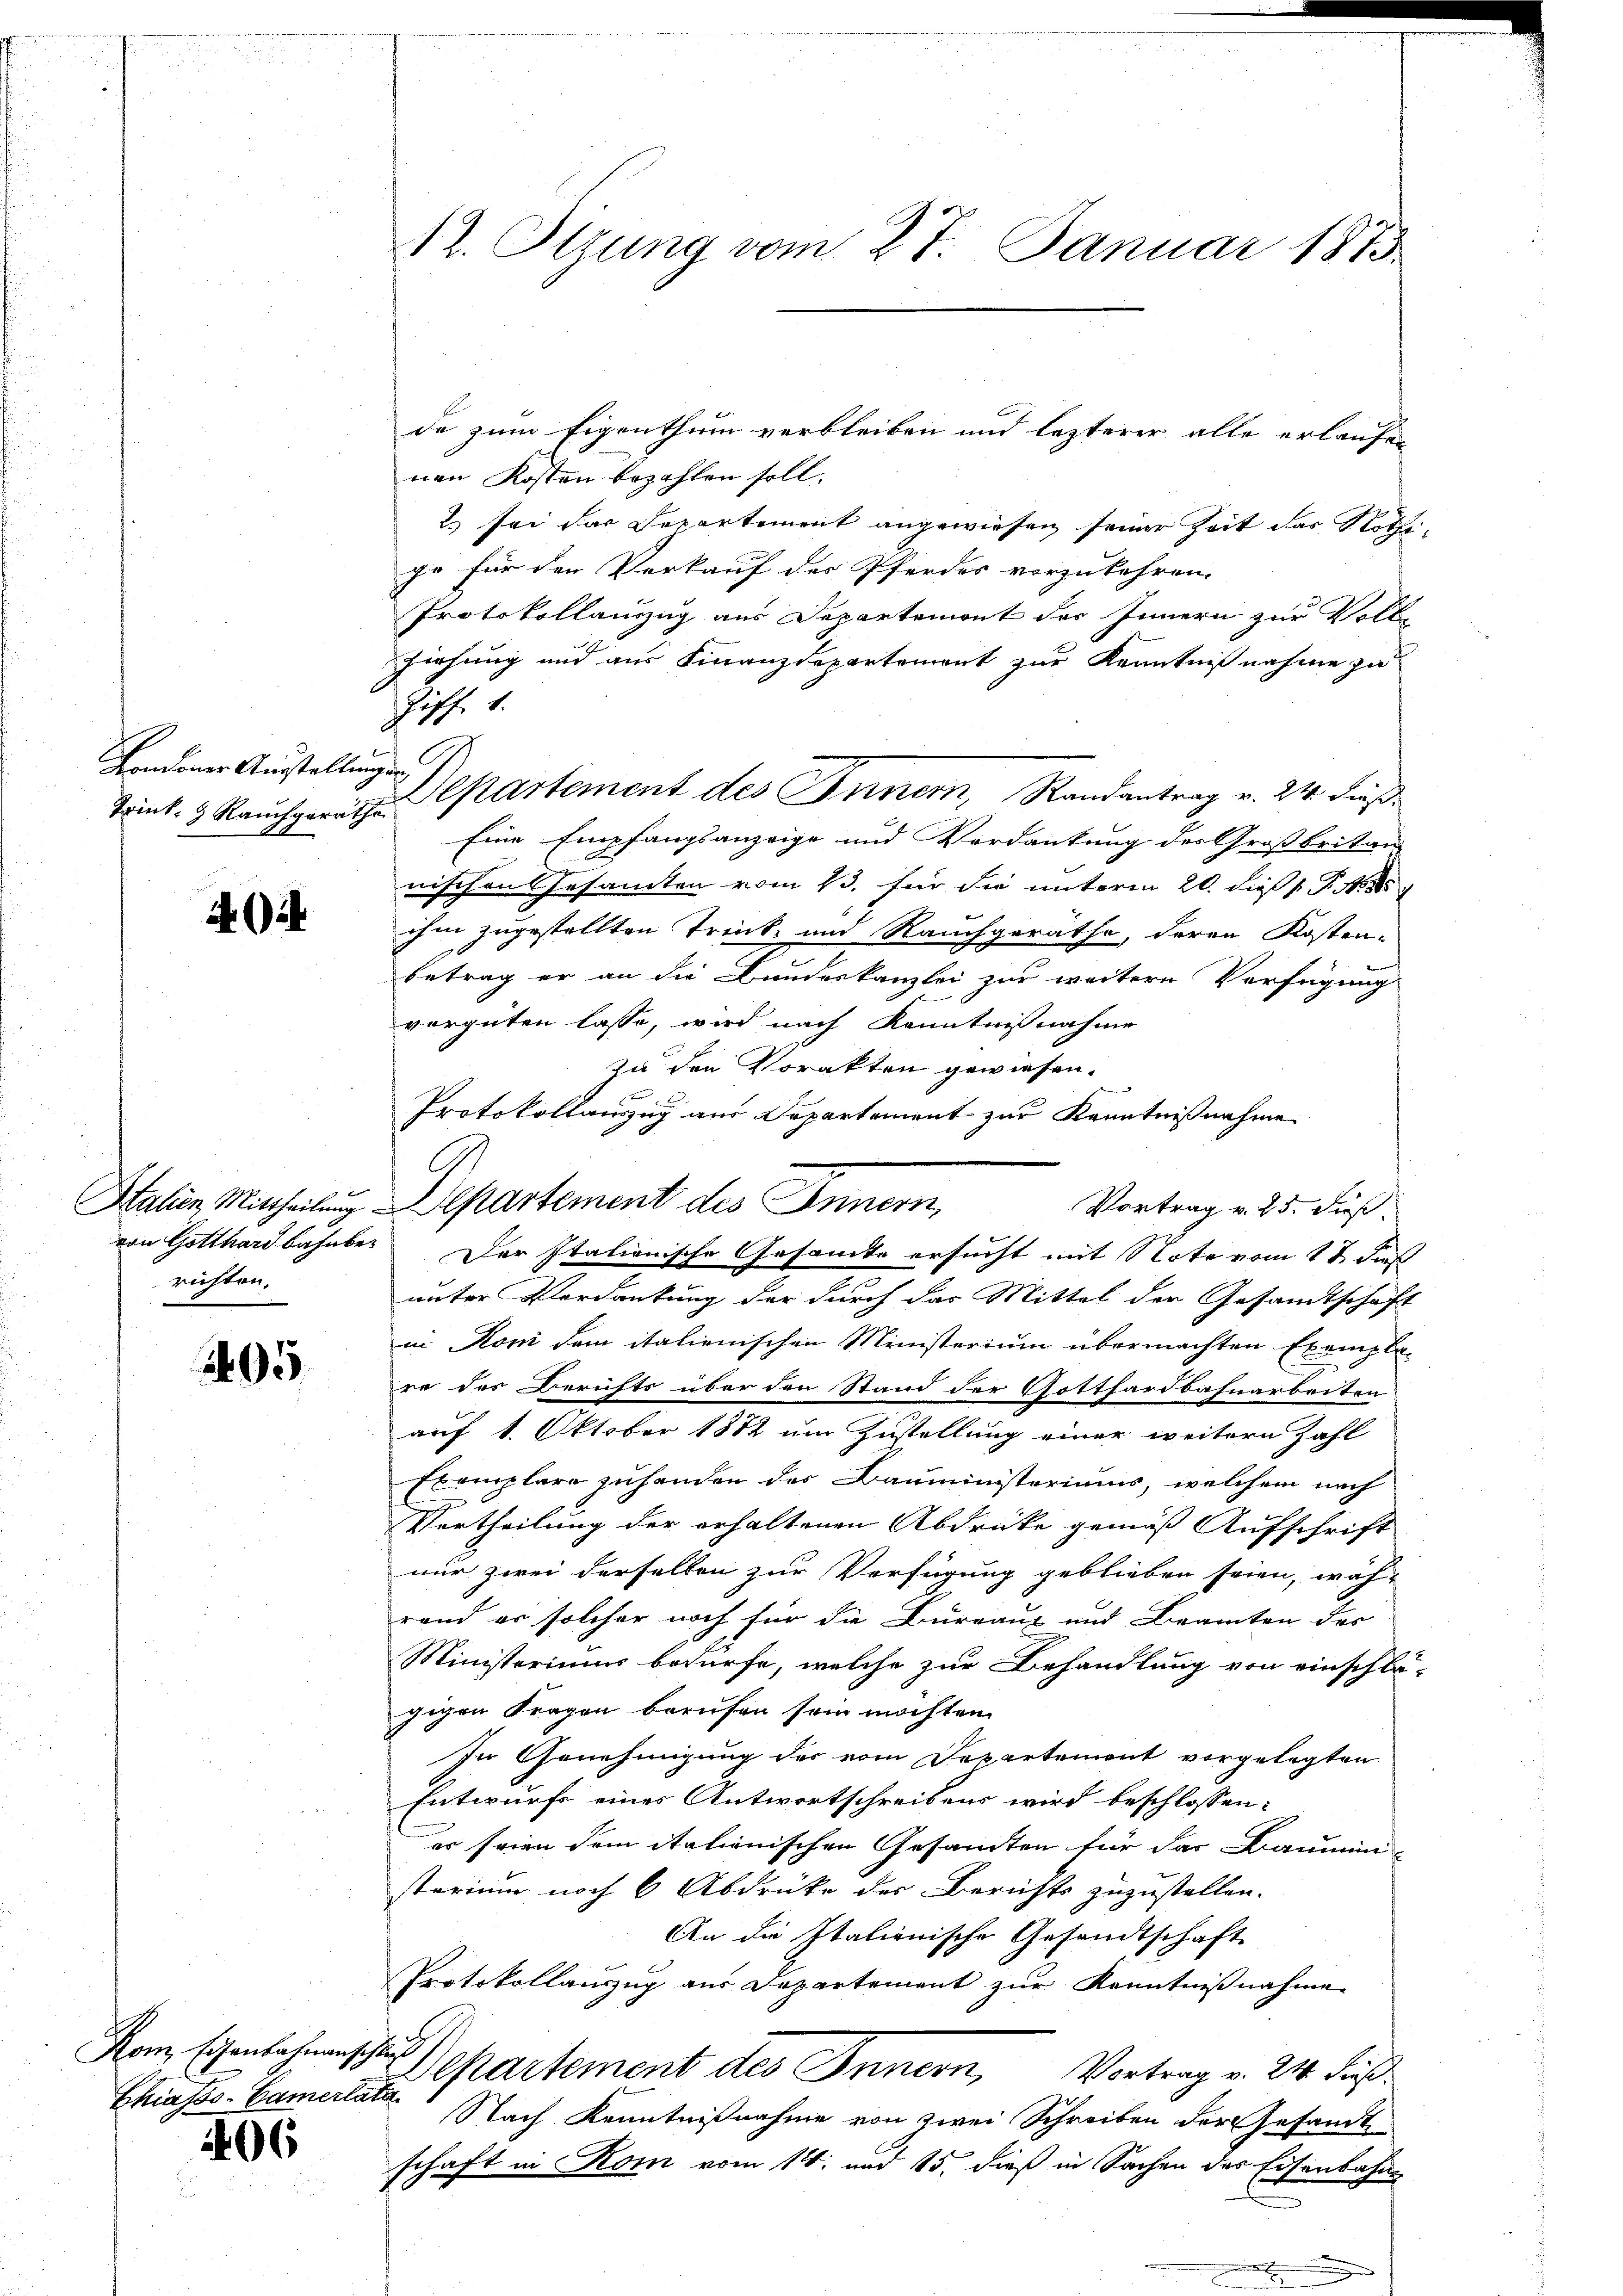
Handener Austellungen

4

richten.

05

Kom, Eisenbahnanschluß
Chiasss-Camertata.

406

12. Ottung vom 27. Januar 1873

de zum Eigenthum verbleiben und lezterer alle erlaufen
nen Kosten bezahlen soll.
2 sei das Departement angewiesen seiner Zeit das Nothe
go für den Verkauf der Pferdes vorzukehren.
Protokollauszug aus Departemont des Innern zur Volke
Ziehung und aus Finanzdepartement zur Kenntnißnahme zu
Ziff. 1.
Tank. 3 Rauchgeräthe partement des Innern, Randantrag v. 24. dieß¬
Eine Empfangsanzeige und Verdankung des Großbritan
den gegen
nischen Gesamten vom 13. für die unterm 20. dieß P. Nr. 184
ihm zugestellten Trink- und Rauchgeräthe, deren Kosten-
g
Betrag er an die Bundeskanzlei zur weitere Verfügung
verguten lasse, wird nach Kenntnißnahme
zu den Vorakten gewiesen.

Protokollauszug aus Departement zur Kenntnißnahme
Halien Mittheilung Departement des Innern,
Vortrag v. 25. dieß.
von Gotthardbahnbei Der Italienische Gesamte ersucht mit Note vom 17 dieß
unter Verdankung der durch das Mittel der Gesandtschaft
in Koni dem italienischen Ministerium übermachten Exempla-
re der Berichts über den Stand der Gotthardbahnarbeiten
auf 1. Oktober 1882 um Zustellung einer weitern Zahl
Exemplare zuhanden des Bauministeriums, welchem nach
Vertheilung der erhaltenen Abdrücke gemäß Aufschrift
nur zwei derselben zur Verfügung geblieben seien, wäh-
rand er solcher noch für die Büreaus und Beamten des
Ministeriums bedürfe, welche zur Behandlung von einschlo
gigen Fragen berufen sein möchten.
In Genehmigung der vom Departement vorgelegten
Entwurf eines Antwortschreibens wird beschlossen:
er seien dem italienischen Gesamten für das Baumein-
sterium noch 6 Abdrüke des Berichts zuzustellen.
An die Italienische Gesandtschaft
Protokollauszug aus Departement zur Kenntnißnahmen
Departement des Innern, Vortrag v. 24. dieß
Nach Kenntnißnahme von zwei Schreiben der Gesandt
schaft in Kom vom 14. und 15. dieß in Sachen des Eisenbahne

u